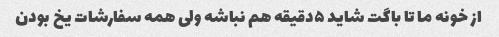
از خونه ما تا باگت شاید ۵دقیقه هم نباشه ولی همه سفارشات یخ بودن